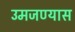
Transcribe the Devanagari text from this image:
उमजण्यास